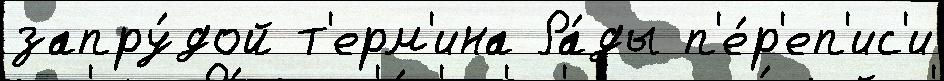
запру́дой т'ерм'ина Ра́ды п'е́р'еп'ис'и